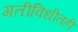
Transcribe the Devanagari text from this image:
गतीविधीतही